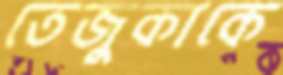
তেজুকাকে